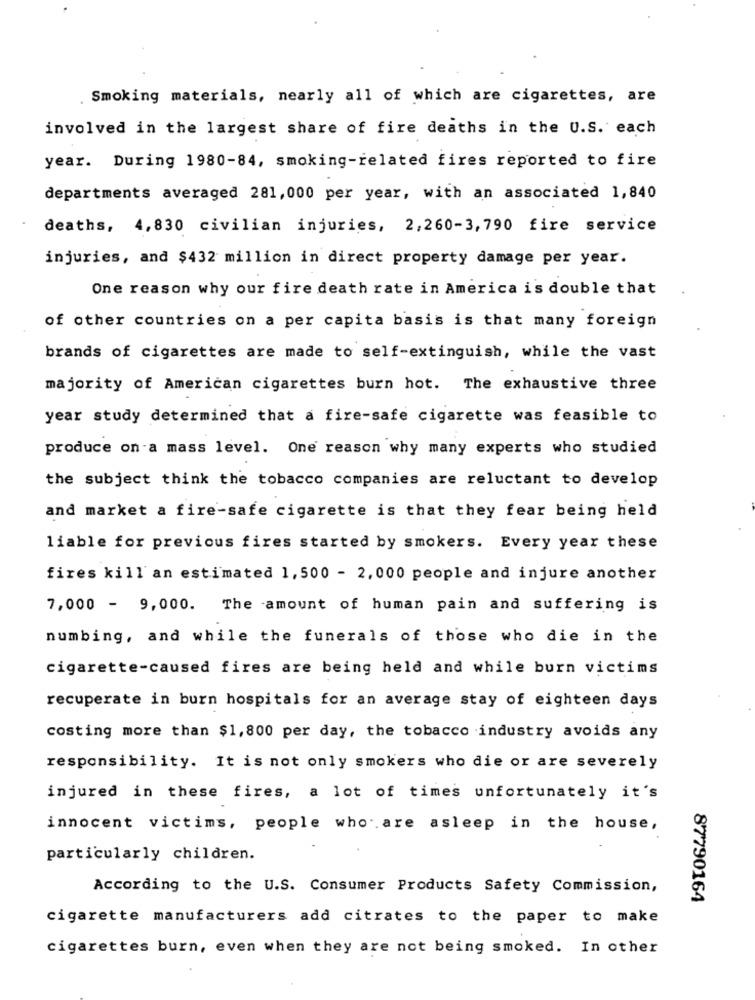
Smoking materials, nearly all of which are cigarettes, are
involved in the largest share of fire deaths in the U.S. each
year. During 1980-84, smoking-related fires reported to fire
departments averaged 281,000 per year, with an associated 1,840
deaths, 4,830 civilian injuries, 2,260-3,790 fire service
injuries, and $432 million in direct property damage per year.
One reason why our fire death rate in America is double that
of other countries on a per capita basis is that many foreign
brands of cigarettes are made to self-extinguish, while the vast
majority of American cigarettes burn hot. The exhaustive three
year study determined that a fire-safe cigarette was feasible to
produce on a mass level. One reason why many experts who studied
the subject think the tobacco companies are reluctant to develop
and market a fire-safe cigarette is that they fear being held
liable for previous fires started by smokers. Every year these
fires kill an estimated 1,500 - 2, 000 people and injure another
7,000 - 9,000. The amount of human pain and suffering is
numbing, and while the funerals of those who die in the
cigarette-caused fires are being held and while burn victims
recuperate in burn hospitals for an average stay of eighteen days
costing more than $1,800 per day, the tobacco industry avoids any
responsibility. It is not only smokers who die or are severely
injured in these fires, a lot of times unfortunately it's
innocent victims, people who are asleep in the house,
particularly children.
According to the U.S. Consumer Products Safety Commission,
87790164
cigarette manufacturers add citrates to the paper to make
cigarettes burn, even when they are not being smoked. In other